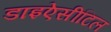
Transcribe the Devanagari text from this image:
डाइऐसीटिल